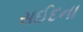
સઈદના